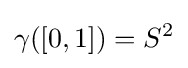
\gamma ([0,1])=S^{2}